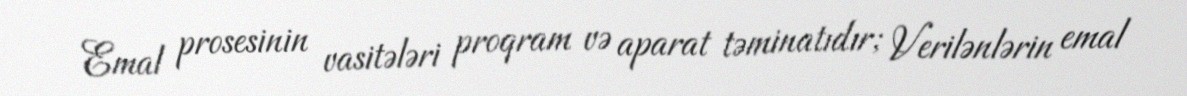
Emal prosesinin vasitələri proqram və aparat təminatıdır; Verilənlərin emal